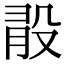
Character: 𣪏